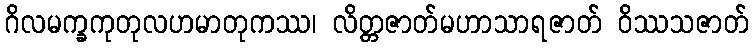
ဂိလမက္ခကုတုလဟမာတုကဿ၊ လိတ္တဇာတ်မဟာသာရဇာတ် ဝိဿသဇာတ်